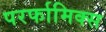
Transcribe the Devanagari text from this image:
परर्फामिक्स